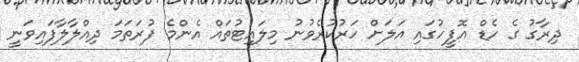
ދިރާގު ގެ ހެޑް އޮފީހުގައި އަލަށް ހަރުކުރެވުނު މިލައިޓުތައް އެންމެ ފުރަތަމަ ދިއްލާލާފައިވަނީ